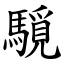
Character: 䮭